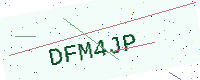
Text: DFM4JP